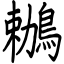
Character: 鶒